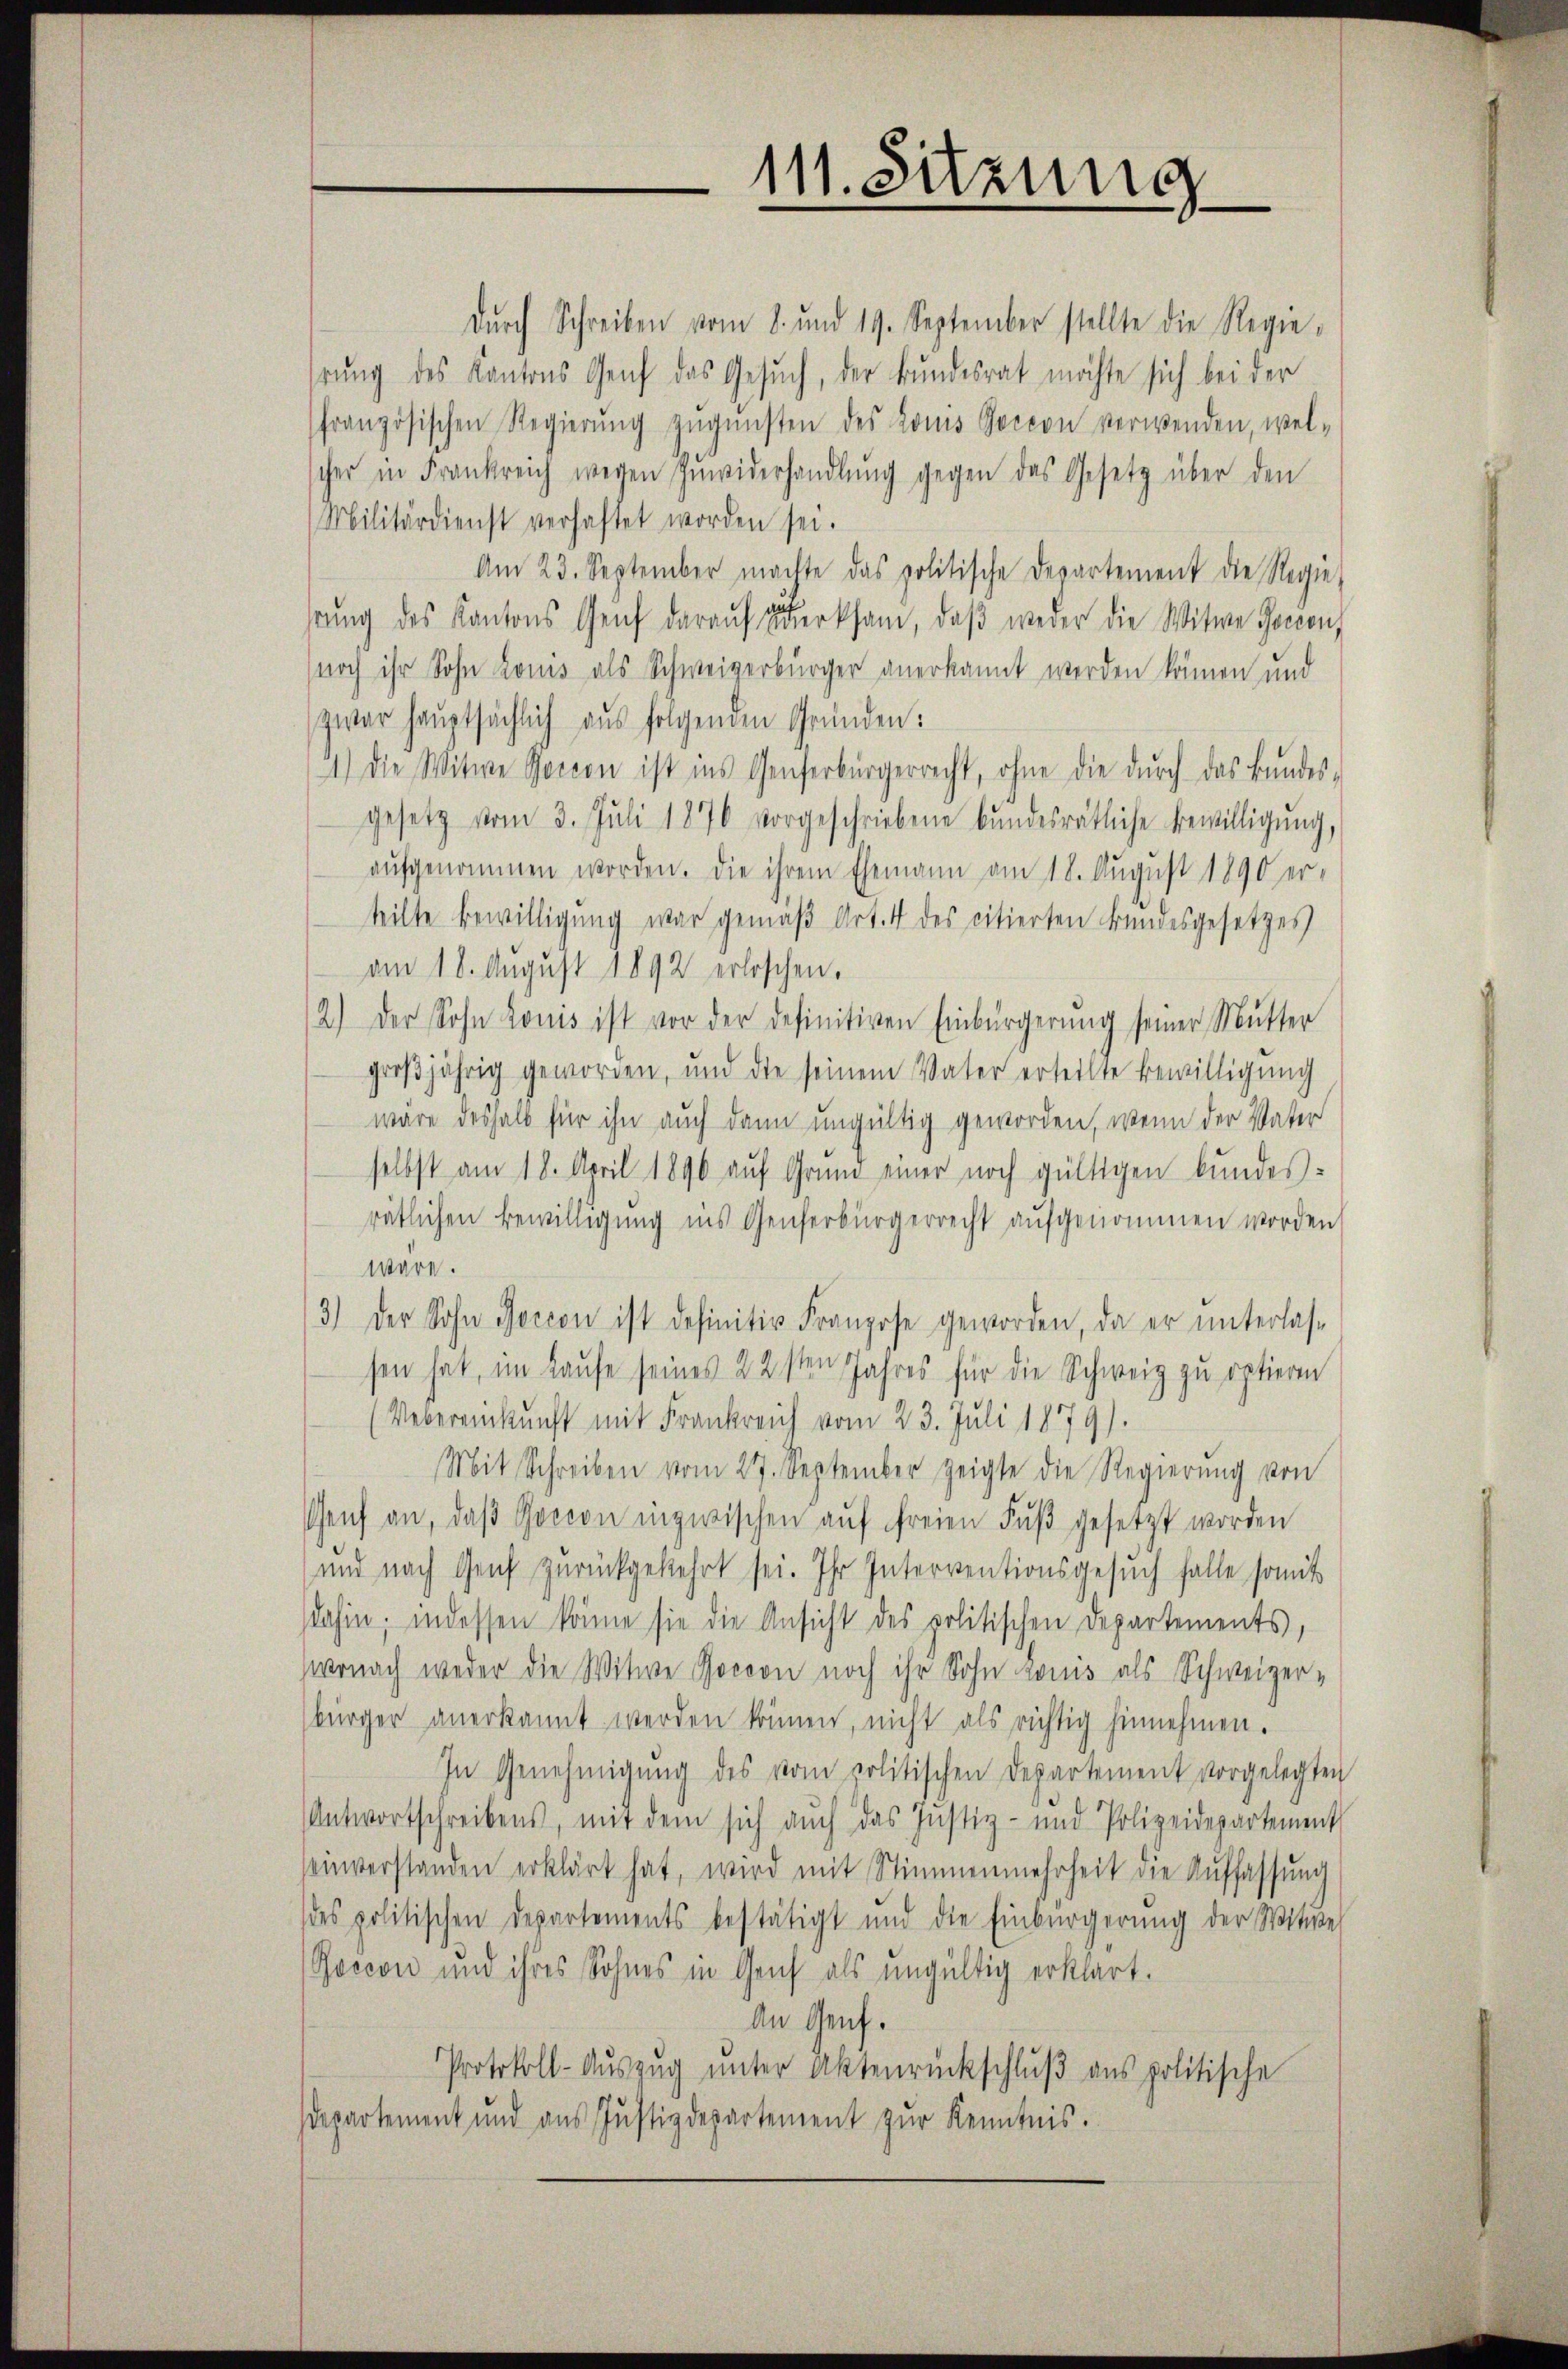
111. Sitzung

dŭrch Schreiben vom 8. und 19. September stellte die Regie-
rung des Kantons Genf das Gesuch, der Bundesrat möchte sich bei der
französischen Regierŭng zŭgŭnsten des Louis Socion verwenden, wel-
scher in Frankreich wegen Zŭwiderhandlŭng gegen das Gesetz über den
Militärdienst verhaftet worden sei.
Am 23. September machte das politische Departement die Regie-
rŭng des Kantons Genf daraŭf merksam, daβ weder die Witwe Jocons
noch ihr Sohn Konis als Schweizerbürger anerkannt werden können und
zwar haŭptsächlich aus folgenen Gründen:
1.) Die Witwe Socion ist ins Genferbürgerrecht, ohne die durch das Bundesgesetz vom 3. Juli 1876 vorgeschriebene bŭndesrätliche Bewilligŭng,
aŭfgenommen worden. Die ihrem Ehemann am 18. August 1890 er-
teilte Bewilligung war gemäβ Art. 4 des citierten Bundesgesetzes
am 18. August 1892 erloschen.
2.) Der Sohn Louis ist vor der definitiven Einbürgerung seiner Mutter
großjährig geworden, und die seinem Vater erteilte Bewilligung
wäre deshalb für ihn auch dann ungültig geworden, wenn der Vater
selbst am 18. April 1890 auf Grund einer noch gültigen bundes-
rätlichen Bewilligung ins Genferbürgerrecht aufgenommen worden
wäre.
3) der Sohn Jacion ist definitiv Franzose geworden, da er ŭnterlas-
sen hat, im Laŭfe seines 22sten Jahres für die Schweiz zu optieren
(Uebereinkunft mit Frankreich vom 23. Juli 1879).
Mit Schreiben vom 27. September zeigte die Regierŭng von
Genf an, daβ Gocion inzwischen aŭf freien Fŭβ gesetzt worden
und nach Genf zurückgekehrt sei. Ihr Interventionsgesuch falle somit
dahin, indessen könne sie die Ansicht des politischen Departements,
wonach weder die Witwe Gorvon noch ihr Sohn Louis als Schweizer-
bürger anerkannt werden können, nicht als richtig hinnehmen.
In Genehmigŭng des vom politischen Departement vorgelegten
Antwortschreibens, mit dem sich aŭch das Justiz- und Polizeidepartement
seinverstanden erklärt hat, wird mit Stimmenmehrheit die Auffassung
des politischen Departements bestätigt und die Einbürgerung der Witwe
Roecon und ihres Sohnes in Genf als ungültig erklärt.
An Genf.
Protokoll-Aŭszŭg ŭnter Aktenrückschlŭβ ans politische
departement und aus Justizdepartement zŭr Kenntnis.